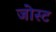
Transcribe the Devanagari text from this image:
जोस्ट